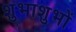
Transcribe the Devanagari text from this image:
शुभाशुभों